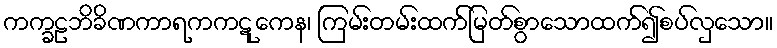
ကက္ခဠဘိခိဏကာရကကဋုကေန၊ ကြမ်းတမ်းထက်မြတ်စွာသောထက်၍စပ်လှသော။